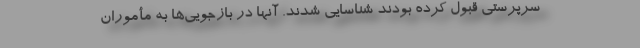
سرپرستی قبول کرده بودند شناسایی شدند. آنها در بازجویی‌ها به مأموران